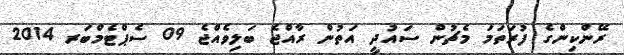
ރޭންކިންގެ ފުރަތަމަ މެޗުން ސައުދީ އަތުން ރާއްޖެ ބަލިވެއްޖެ 09 ސެޕްޓެމްބަރ 2014